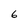
Character: 6